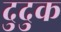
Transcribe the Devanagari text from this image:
दुदुक